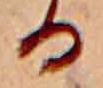
る